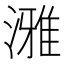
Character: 𪷐